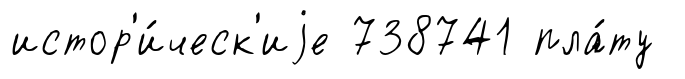
истор'и́ческ'иjе 738741 пла́ту